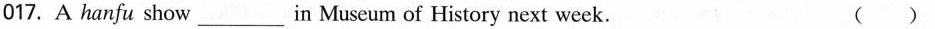
017. A hanfu show ___ in Museum of History next week. ( )